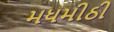
મધમીઠી